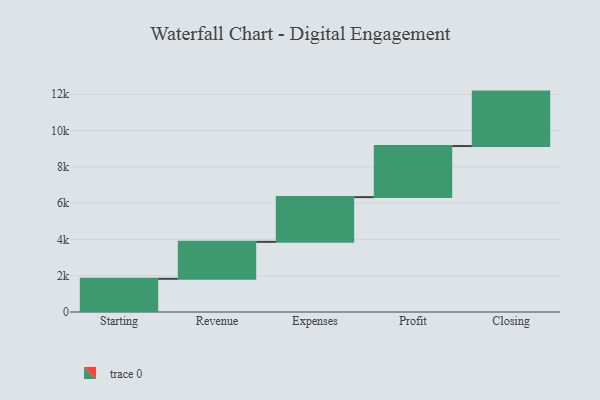
{"axis": {"x": "Step", "y": "Value"}, "legend": [""], "data": [{"x": "Starting", "y": 1829.0, "type": ""}, {"x": "Revenue", "y": 2037.0, "type": ""}, {"x": "Expenses", "y": 2465.0, "type": ""}, {"x": "Profit", "y": 2815.0, "type": ""}, {"x": "Closing", "y": 3000, "type": ""}]}